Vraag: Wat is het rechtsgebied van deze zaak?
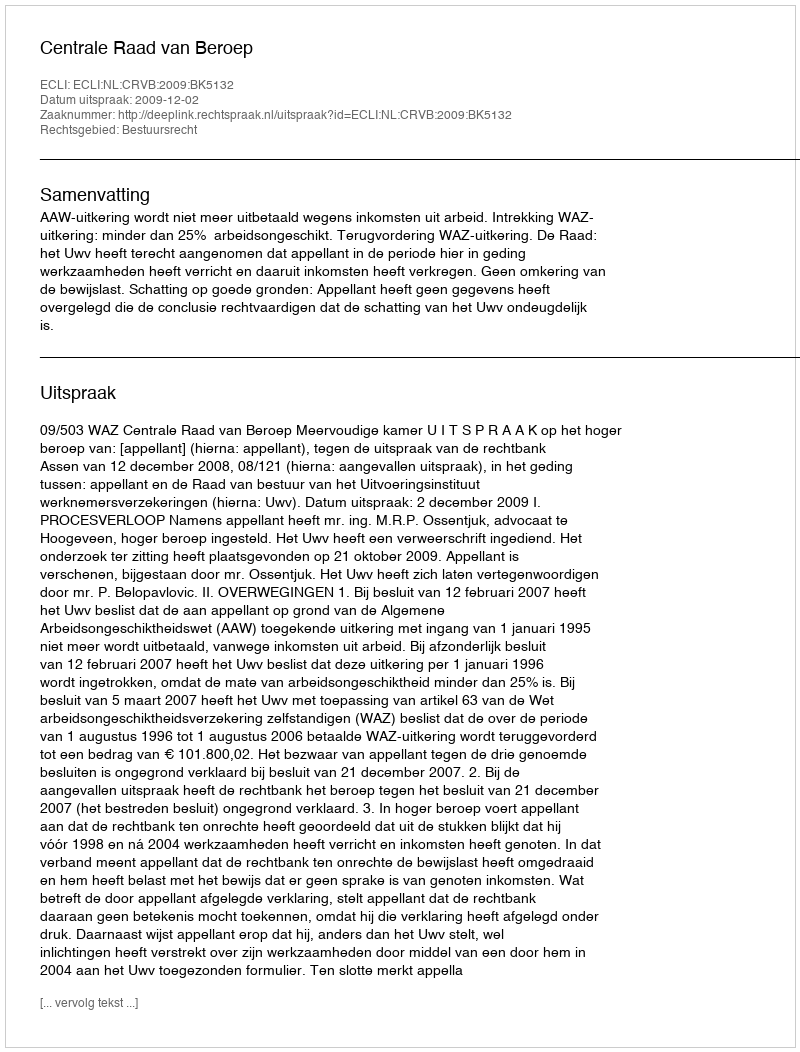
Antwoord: Bestuursrecht